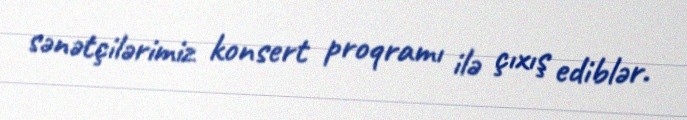
sənətçilərimiz konsert proqramı ilə çıxış ediblər.